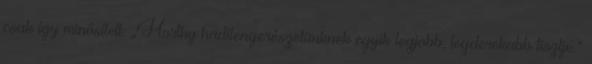
csak így minősített: „Horthy haditengerészetünknek egyik legjobb, legderekabb tisztje.”